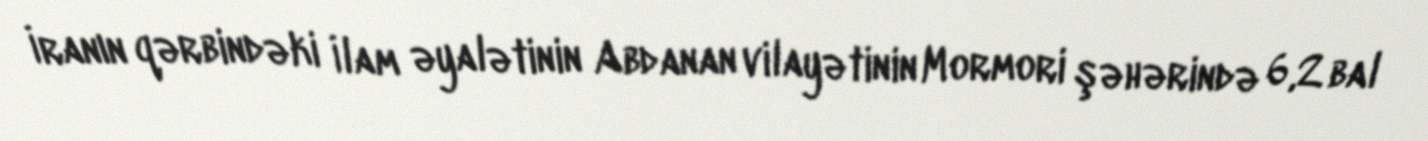
İranın qərbindəki İlam əyalətinin Abdanan vilayətinin Mormori şəhərində 6,2 bal